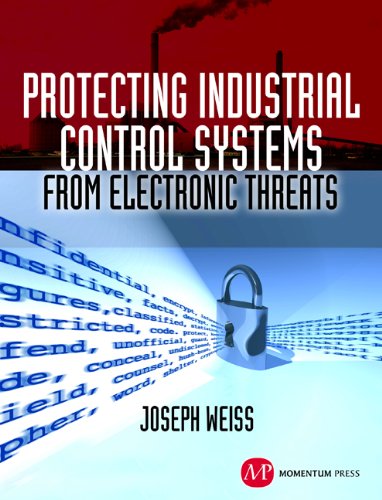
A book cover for Protecting Industrial Control Systems from Electronic Threats; Joseph Weiss; Computers & Technology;